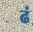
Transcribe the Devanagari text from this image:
ढं